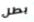
بطل